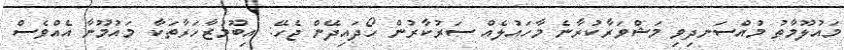
މައުލޫމާތު މުއްސަނދިވި މަޝްވަރާކުރާނެ މާހައުލެއް ސަރުކާރުން ހޯދައިދޭން ޖެހޭ: އިބޫމުޒާހަރާތަކާ މައުމޫނާ އެއްވެސް